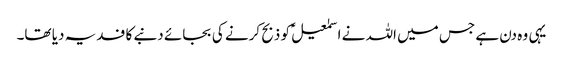
یہی وہ دن ہے جس میں اللہ نے اسمٰعیلؑ کو ذبح کرنے کی بجائے دنبے کا فدیہ دیا تھا۔